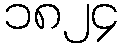
၁၈၂၄